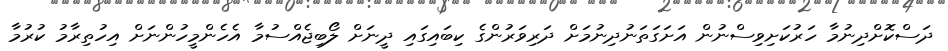
ދަސްކޮށްދިނުމާ ހަރުކަށިވިސްނުން އަށަގަތަނުދިނުމަށް ދަރިވަރުންގެ ކިބައިގައި ދީނަށް ލޯބިޖެއްސުމާ އެހެންމީހުންނަށް އިހުތިރާމު ކުރުމާ